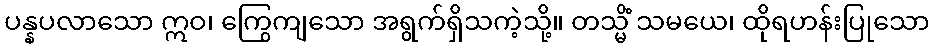
ပန္နပလာသော ဣဝ၊ ကြွေကျသော အရွက်ရှိသကဲ့သို့။ တသ္မိံ သမယေ၊ ထိုရဟန်းပြုသော